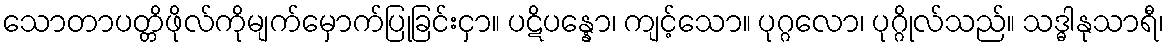
သောတာပတ္တိဖိုလ်ကိုမျက်မှောက်ပြုခြင်းငှာ။ ပဋိပန္နော၊ ကျင့်သော။ ပုဂ္ဂလော၊ ပုဂ္ဂိုလ်သည်။ သဒ္ဓါနုသာရီ၊